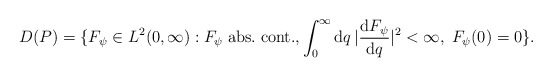
\begin{align*}D(P)=\{ F_{\psi}\in L^2(0,\infty): F_{\psi}\; {\rm abs.}\; {\rm cont.}, \int_0^{\infty}{\rm d} q\,|{{\rm d} F_{\psi}\over {\rm d} q}|^2 <\infty,\; F_{\psi}(0)=0\}.\end{align*}